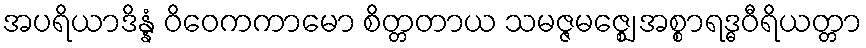
အပရိယာဒိန္နံ ဝိဝေကကာမော စိတ္တတာယ သမဇ္ဇမဇ္ဈေ အစ္စာရဒ္ဓဝီရိယတ္တာ